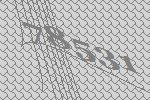
78531